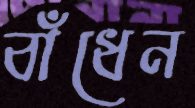
বাঁধেন